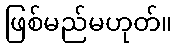
ဖြစ်မည်မဟုတ်။